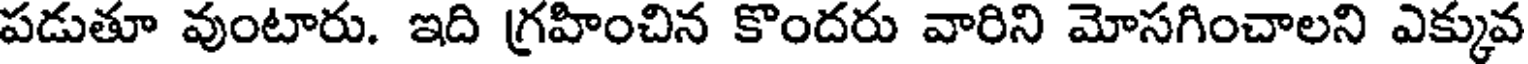
పడుతూ వుంటారు. ఇది గ్రహించిన కొందరు వారిని మోసగించాలని ఎక్కువ